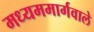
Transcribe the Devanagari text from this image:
मध्यममार्गवाले